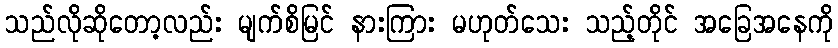
သည်လိုဆိုတော့လည်း မျက်စိမြင် နားကြား မဟုတ်သေး သည့်တိုင် အခြေအနေကို